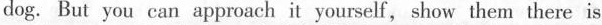
dog. But you can approach it yourself, show them there is